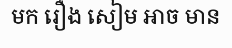
មក រឿង សៀម អាច មាន